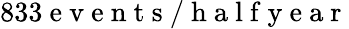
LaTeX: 833\mathrm{~e~v~e~n~t~s~/~h~a~l~f~y~e~a~r~}